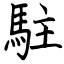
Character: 駐